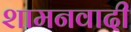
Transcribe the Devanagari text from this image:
शामनवादी